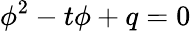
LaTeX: \phi^{2}-t\phi+q=0